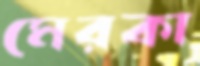
মেরকা